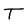
Character: T